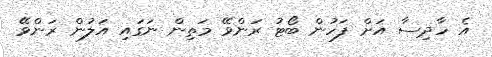
އެ ހާދިސާ އަށް ފަހުން ބޯޓު ރަންވޭ މަތިން ނަގައި އަލުން ރަންވޭ